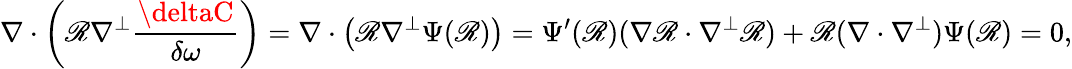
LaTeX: \nabla\cdot\left(\mathscr{R}\nabla^{\perp}\frac{{\deltaC}}{{\delta\omega}}\right)=\nabla\cdot\big(\mathscr{R}\nabla^{\perp}\Psi(\mathscr{R})\big)=\Psi^{\prime}(\mathscr{R})(\nabla\mathscr{R}\cdot\nabla^{\perp}\mathscr{R})+\mathscr{R}(\nabla\cdot\nabla^{\perp})\Psi(\mathscr{R})=0,